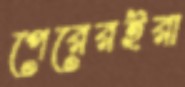
পেরেরইরা